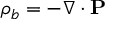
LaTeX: \rho _ { b } = - \nabla \cdot \mathbf { P }